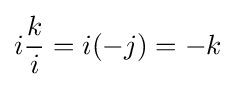
i{\frac {k}{i}}=i(-j)=-k